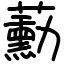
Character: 蘍